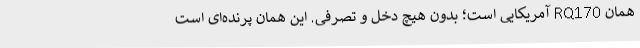
همان RQ170 آمریکایی است؛ بدون هیچ دخل و تصرفی. این همان پرنده‌ای است